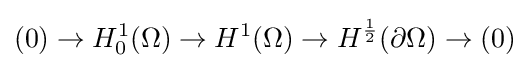
(0)\to H_{0}^{1}(\Omega )\to H^{1}(\Omega )\to H^{\frac {1}{2}}(\partial \Omega )\to (0)